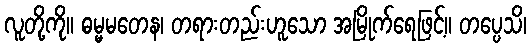
လူတို့ကို။ ဓမ္မမတေန၊ တရားတည်းဟူသော အမြိုက်ရေဖြင့်။ တပ္ပေသိ၊